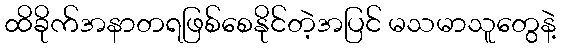
ထိခိုက်အနာတရဖြစ်စေနိုင်တဲ့အပြင် မသမာသူတွေနဲ့